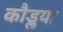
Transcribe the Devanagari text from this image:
कौडॢया